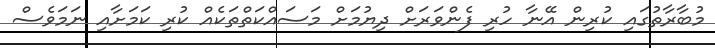
މުބާރާތުގައި ކުރިން އޭނާ ހުރި ފެންވަރަށް ދިޔުމަށް މަސައްކަތްތަކެއް ކުރި ކަމަށާއި ނަމަވެސް